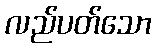
လည်ပတ်သော